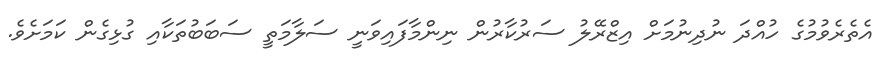
އެތެރެވުމުގެ ހުއްދަ ނުދިނުމަށް އިޒްރޭލު ސަރުކާރުން ނިންމާފައިވަނީ ސަލާމަތީ ސަބަބުތަކާއި ގުޅިގެން ކަަމަށެވެ.